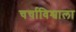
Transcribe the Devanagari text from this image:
चर्चाविश्वाला